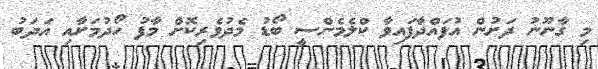
މި ގާނޫނު ދަށުން އުފައްދާފައިވާ ކްލެމެންސީ ބޯޑު މެދުވެރިކޮށް މާފު ހޯދުމަށާއި އަދަބު